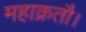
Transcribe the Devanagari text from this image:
महाक्रतौ।